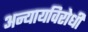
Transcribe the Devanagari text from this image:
अन्यायविरोधी